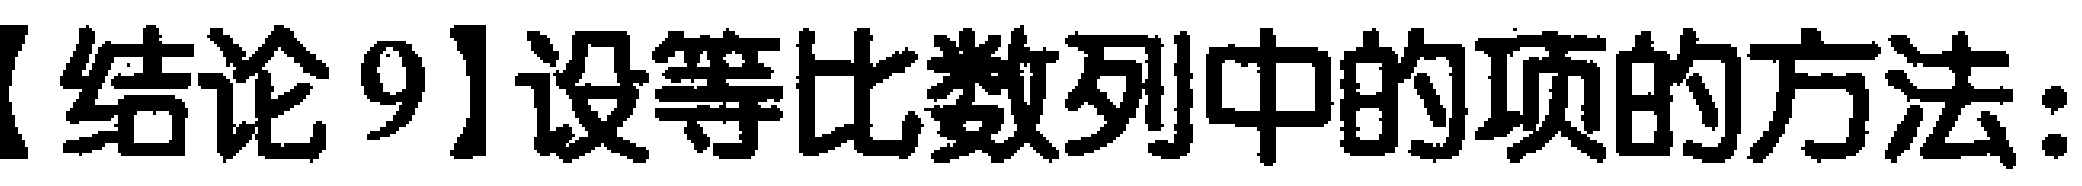
【结论9】设等比数列中的项的方法：